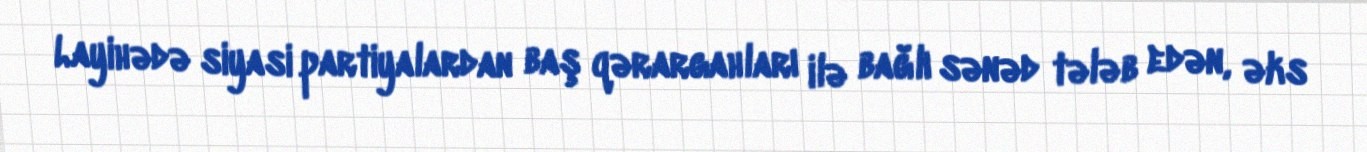
Layihədə siyasi partiyalardan baş qərargahları ilə bağlı sənəd tələb edən, əks